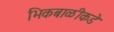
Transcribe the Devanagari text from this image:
भिकबाळीकडे